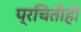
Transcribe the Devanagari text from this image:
प्रचितीही